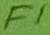
Text: F1